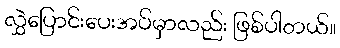
လွှဲပြောင်းပေးအပ်မှာလည်း ဖြစ်ပါတယ်။